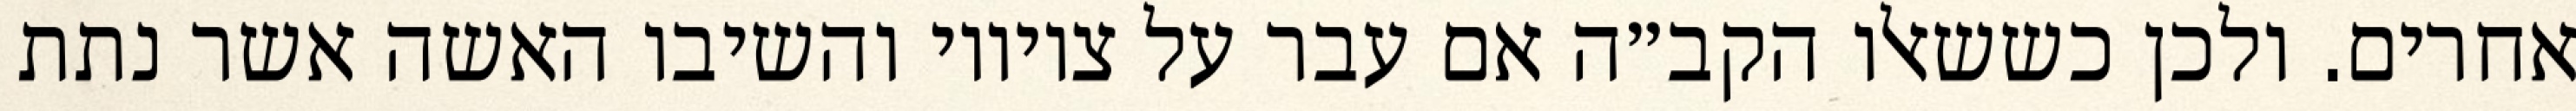
אחרים. ולכן כששאלו הקב״ה אם עבר על ציוויו והשיבו האשה אשר נתת